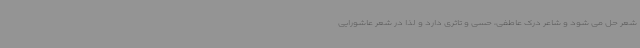
شعر حل می شود و شاعر درک عاطفی، حسی و تاثری دارد و لذا در شعر عاشورایی